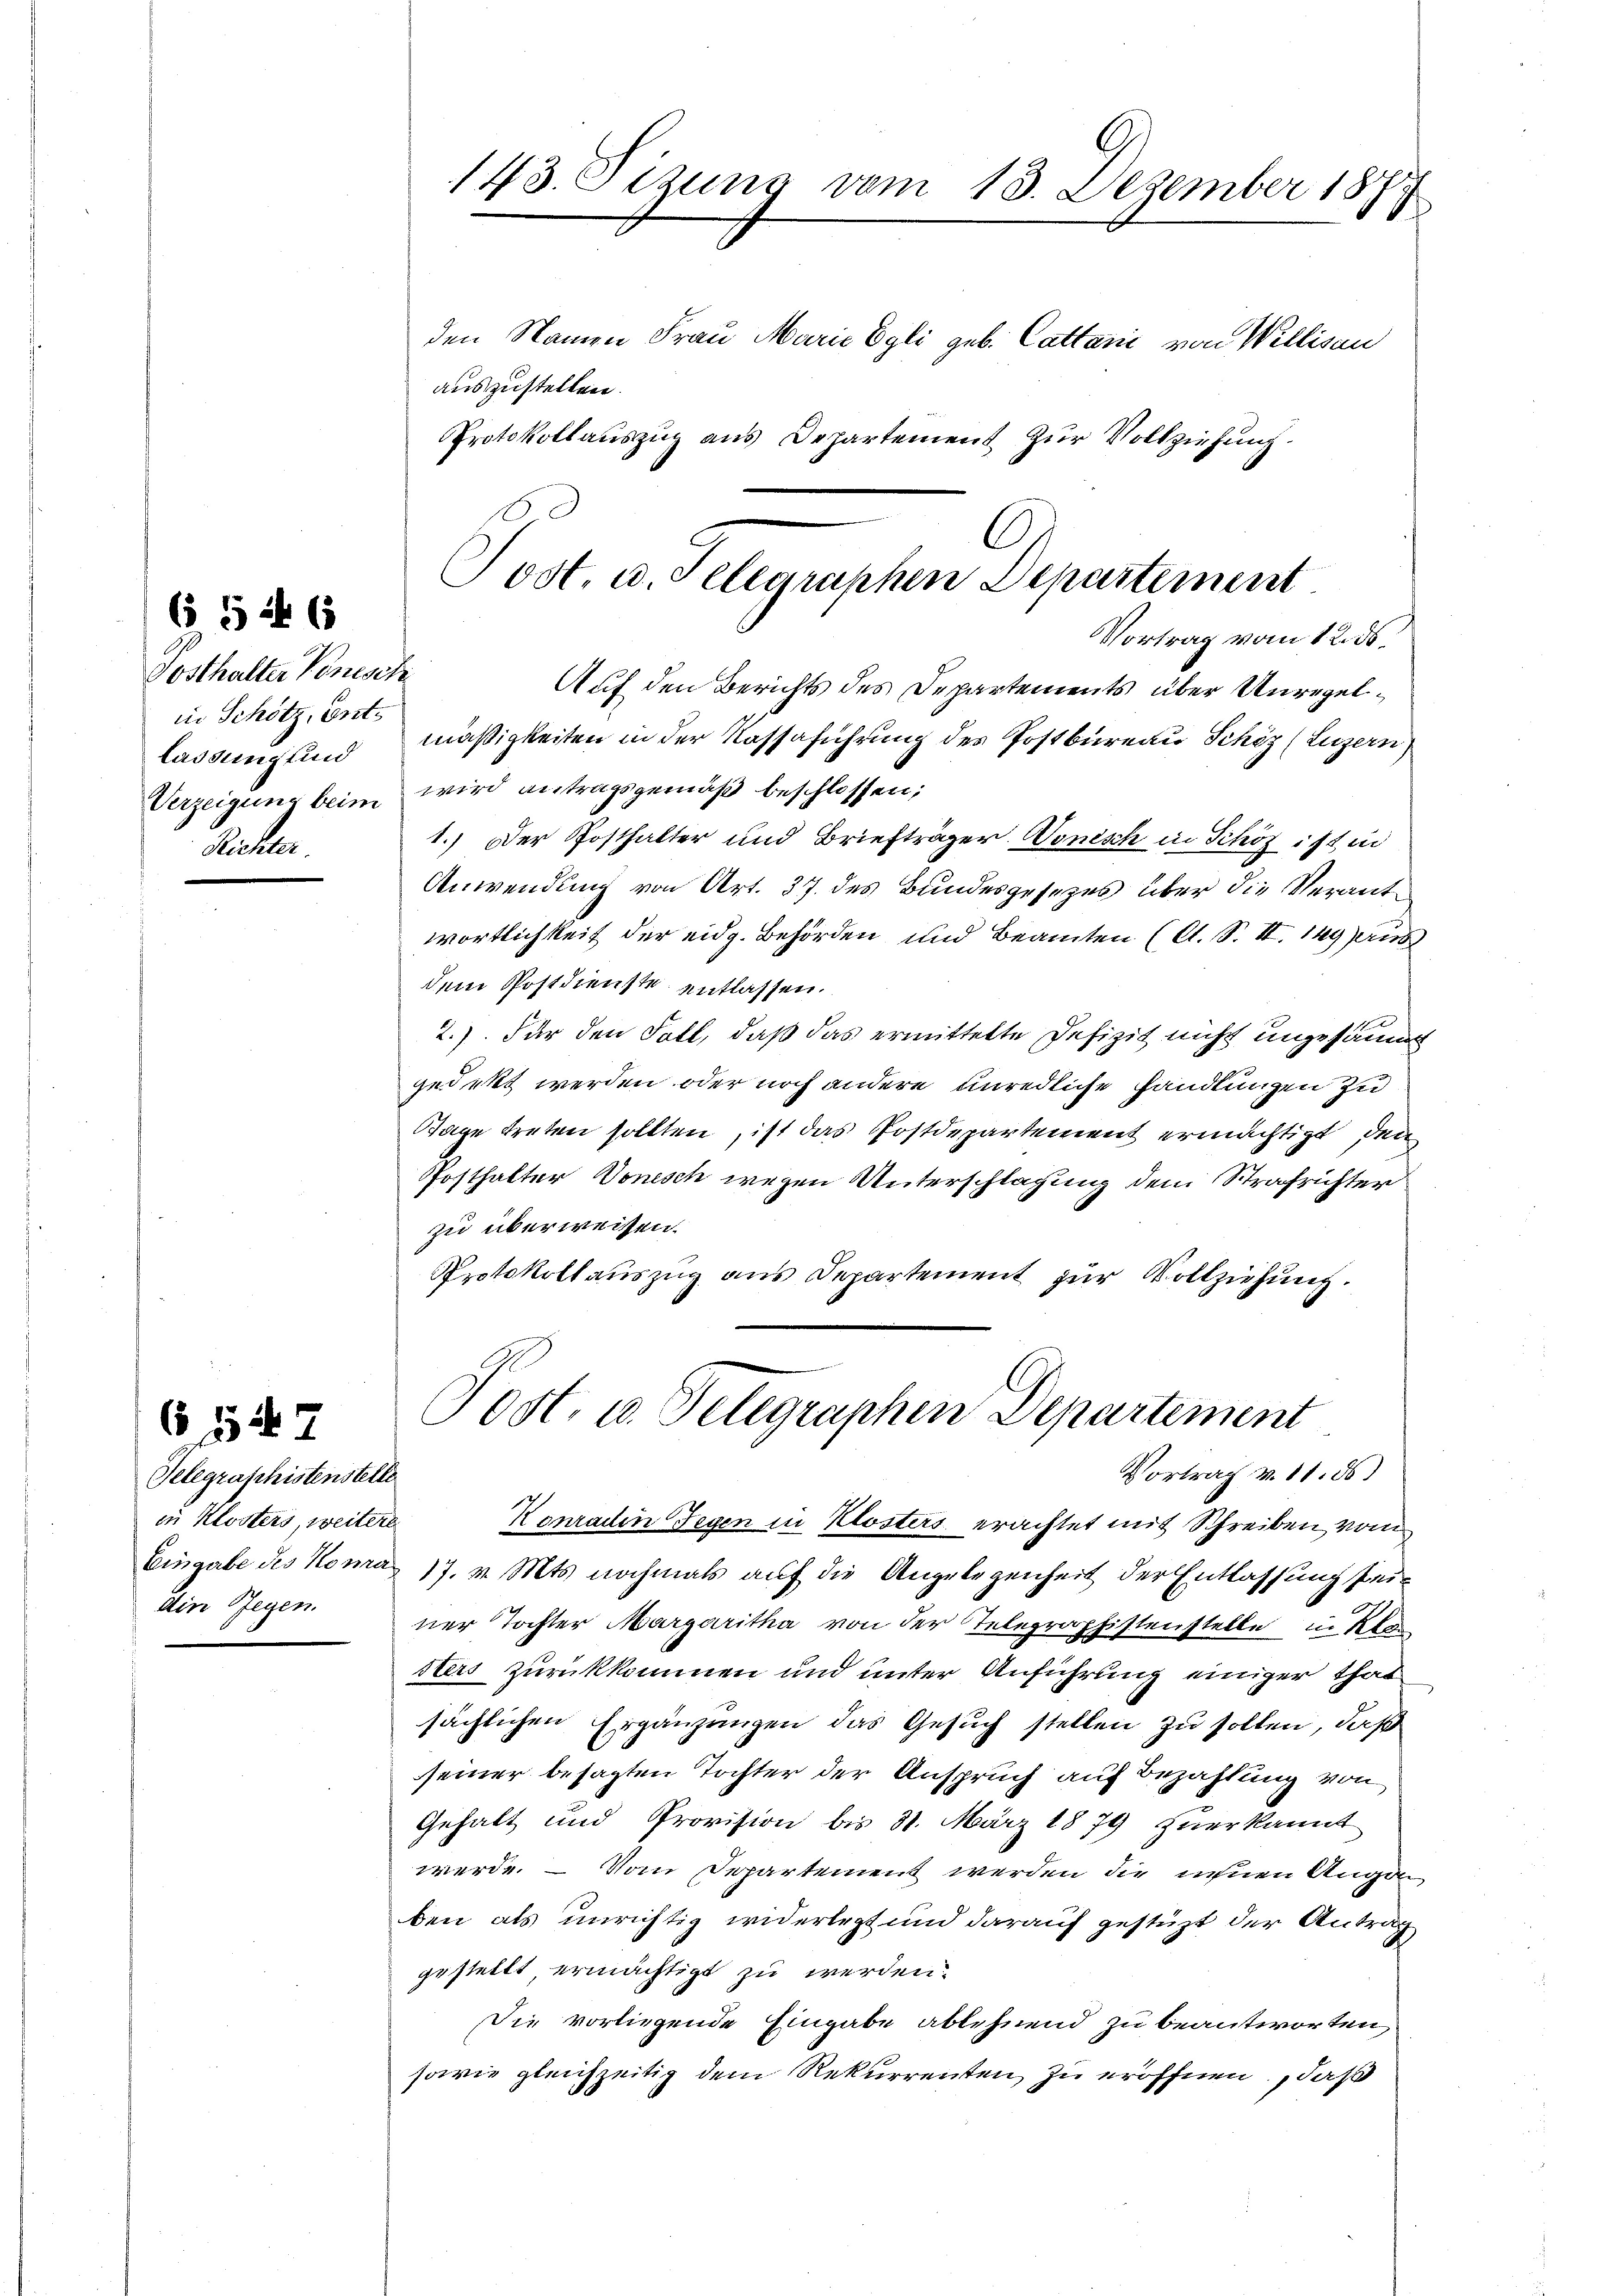
Posthalter Ponesetz
in Schötz, Ents
lassung sind
Richter.

6 524 65

Telegraphistenstelle
in Klosters, weitere
die Gegen.

6547

143. Sizung vom 13. Dezember 18
197
den Namen Frau Marie Egli geb. Cattani von Willisau
auszustellen.
PProtokollauszug aus Departement zur Vollziehung.

A
Tost. u. Telegraphen Departement
Vortrag vom 12. ds.
Auf den Berichts des Departements über Unregel¬

mäßigkeiten in der Nassaführung des Postbüreau Schöz (Luzern
Verzeigung beim wird antragsgemäß beschlossen;
1.) Der Posthalter und Briefträger. Vonisch in Schöz ist in
Anwendung von Art. 37. des Bundesgesezes über die Verantwortlichkeit der eidg. Behörden und Beamten (A. S. II. 149 aus
dem Postdienste entlassen.
2.) Für den Fall, daß das ermittelte Defizit nicht ungesamm
gedeckt werden oder noch andere unredliche Handlungen zu
Tage treten sollten, ist das Postdepartement ermächtigt, den
Posthalter Vonesch wegen Unterschlagung dem Strafrichter.
zu überweisen.
Protokollauszug aus Departement zur Vollziehung.
Post. u. Telegraphen Departement
Vortrag v. 11. ds.
Konradin Gegen in Klosters erachtet mit Schreiben vom
Eingabe des Komas 17. v. Mts. nochmals auf die Angelegenheit der Entlassung seiner Tochter Margaritha von der Telegraphistenstelle in Kla
sters zurückkommen und unter Anführung einiger that
sächlichen Ergänzungen das Gesuch stellen zu sollen, daß
seiner besagten Tochter der Anspruch auf Bezahlung von
Gehalt und Provision bis 31. März 1879 zuerkannt
werde. — Vom Departement werden die ihnen Angan
ben als unrichtig widerlegt und darauf gestüzt der Antrag
gestellt, ermächtigt zu werden.
Die vorliegende Eingabe ablehnend zu beantworten,
sowie gleichzeitig dem Rekurrenten zu eröffnen, daß